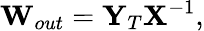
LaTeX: \mathbf{W}_{out}=\mathbf{Y}_{T}\mathbf{X}^{-1},